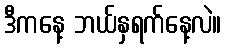
ဒီကနေ့ ဘယ်နှရက်နေ့လဲ။